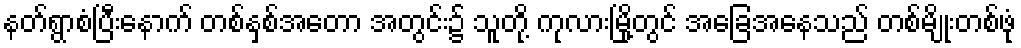
နတ်ရွာစံပြီးနောက် တစ်နှစ်အတော အတွင်း၌ သူတို့ ကုလားမြို့တွင် အခြေအနေသည် တစ်မျိုးတစ်ဖုံ